Vaccination in Burma 1912-1922 - 1912-1922
Year: 1912
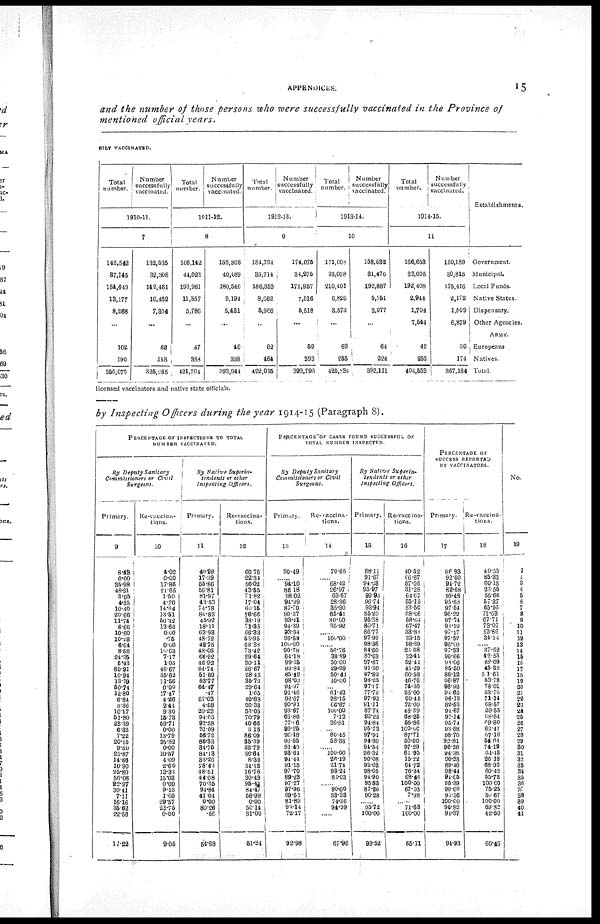
APPENDICES.
15
and the number of those persons who were successfully vaccinated in the Province of
mentioned official years.
RILY VACCINATED.
Total
number.
Number
successfully
vaccinated.
1910-11.
7
142,542
37,145
154,649
13,177
8,268
...
102
190
356,073
132,535
32,308
142,461
10,462
7,304
...
62
153
325,285
Total
number.
Number
successfully
vaccinated.
1911-12.
8
166,142
44,023
193,961
11,357
5,786
...
47
388
421,704
158,306
40,089
180,546
9,194
5,431
...
40
338
393,944
Total
number.
Number
successfully
vaccinated.
1912-13.
9
184,794
35,714
186,353
8,662
5,966
...
62
464
422,015
174,075
34,275
171,957
7,516
5,518
...
59
393
393,793
Total
number.
Number
successfully
vaccinated.
1913-14.
10
171,6058
33,098
210,401
6,826
3,573
...
69
255
425,830
158,632
31,476
192,887
5,751
3,077
...
64
224
392,111
Total
number.
Number
successfully
vaccinated.
1914-15.
11
166,653
33,005
192,408
2,944
1,704
7,544
42
253
404,553
150,189
30,815
175,416
2,172
1,509
6,879
30
174
367,184
Establishments.
Government.
Municipal.
Local Funds.
Native States.
Dispensary.
Other Agencies.
ARMY.
Europeans.
Natives.
Total
licensed vaccinators and native state officials.
by Inspecting Officers during the year 1914-15 (Paragraph 8).
PERCENTAGE OF INSPECTIONS TO TOTAL
NUMBER VACCINATED.
By Deputy Sanitary
Commissioners or Civil
Surgeons.
Primary.
9
8.48
0.00
35.98
48.91
3.05
4.35
10.40
20.66
11.74
6.66
10.60
10.28
6.04
8.58
24.35
5.43
60.91
10.94
13.79
50.74
12.80
6.84
3.36
10.17
51.80
23.39
6.32
7.22
20.15
9.50
25.87
14.66
10.90
25.80
56.08
22.97
30.41
7.11
16.16
35.62
22.56
17.22
Re-vaccina-
tions.
10
4.02
0.00
17.86
21.65
1.50
4.20
14.94
13.51
56.42
13.66
0.00
.75
0.00
10.63
7.17
1.05
46.67
35.62
11.56
0.00
17.47
4.26
2.44
9.30
15.73
59.71
0.00
13.79
35.82
0.00
10.57
4.09
2.60
13.88
15.03
0.00
9.13
1.05
29.57
23.75
0.00
9.05
By Native Superin-
Undents or other
Inspecting
Officers.
Primary.
11
40.29
17.39
55.86
56.81
81.97
43.53
74.78
84.83
45.02
18.11
63.93
48.72
42.75
48.06
66.92
46.92
84.74
51.89
53.77
64.47
.47
67.03
4.58
29.23
94.63
92.58
31.09
56.72
86.33
84.75
84.13
33.26
78.43
48.51
44.08
70.35
94.84
41.04
0.00
80.26
.56
54.68
Re-vaccina-
tions.
12
60.76
22.34
56.02
43.55
71.82
17.04
60.15
76.66
38.19
71.35
66.33
53.95
68.38
73.42
89.64
30.11
56.67
28.45
35.72
29.64
1.65
40.88
20.33
36.05
70.79
40.66
3.15
86.09
35.39
32.79
50.64
8.32
54.12
16.76
30.43
95.41
84.47
56.99
0.00
50.14
31.00
51.34
PERCENTAGE OF CASES FOUND SUCCESSFUL OF
TOTAL NUMBER INSPECTED.
By Deputy Sanitary
Commissioners or Civil
Surgeons.
Primary.
13
90.49
...... 94.10
86.18
98.02
94.99
87.70
90.37
93.41
94.39
93.84
96.58
100.00
90.78
64.18
99.15
93.84
85.42
98.03
94.97
91.46
92.67
90.91
93.67
66.86
77.06
99.25
96.18
96.85
91.40
98.64
94.44
91.15
97.70
89.23
97.27
97.96
99.61
81.89
98.14
72.17
92.98
Re-vaccina-
tions.
14
70.65
...... 68.42
26.97
63.67
28.36
35.90
65.41
80.00
35.92
...... 100.00
...... 56.76
38.89
50.00
29.29
50.44
40.00
...
61.42
98.15
66.67
100.00
7.13
36.81
...
80.45
58.33
...... 100.00
26.19
21.74
93.24
84.03
...... 90.00
33.38
74.36
94.99
......
67.96
By Native
Superin-
tendents or other
Inspecting Officers.
Primary.
15
88.11
91.67
94.33
95.97
99.93
96.74
93.94
85.20
95.38
80.71
86.77
97.99
98.36
84.60
87.63
97.67
91.30
87.82
98.25
97.67
77.78
97.92
91.11
87.74
93.25
94.84
95.73
97.91
94.80
94.54
96.32
90.08
93.03
98.05
94.90
95.88
87.26
90.28
...... 95.72
100.00
93.52
Re-vaccina-
tions.
16
40.52
66.67
57.05
31.28
64.67
55.15
53.50
68.06
58.64
67.47
33.88
33.15
98.39
20.68
32.41
52.41
45.29
60.58
46.76
74.30
25.00
90.45
72.00
48.39
68.25
55.86
100.00
87.71
50.00
97.29
61.95
15.22
64.72
76.34
68.46
100.00
67.03
7.98
...... 71.63
100.00
65.11
PERCENTAGE OF
SUCCESS REPORTED
BY VACCINATORS.
Primary.
17
86.93
92.60
94.72
82.68
99.48
95.68
97.54
96.22
97.74
98.19
97.17
97.52
96.00
97.33
96.66
98.06
85.50
86.12
96.87
96.93
94.65
96.13
82.53
94.67
97.14
95.74
93.88
98.70
92.81
96.26
94.38
90.33
89.46
98.44
94.65
95.39
90.09
95.36
100.00
96.82
94.37
94.93
Re-vaccina-
tions.
18
40.53
85.83
60.13
26.55
56.66
57.37
65.95
71.63
67.71
73.07
53.86
34.14
...... 37.52
42.53
62.09
45.32
51.61
53.78
78.01
53.76
71.14
68.57
20.55
68.54
69.80
82.41
87.16
54.64
74.19
64.13
26.18
68.93
60.42
55.72
100.00
75.25
30.67
100.00
69.82
42.50
60.46
No.
19
1
2
3
4
5
6
7
8
9
10
11
12
13
14
15
16
17
18
19
20
21
22
23
24
25
26
27
28
29
30
31
32
33
34
35
36
37
38
39
40
41